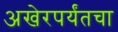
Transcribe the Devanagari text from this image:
अखेरपर्यंतचा